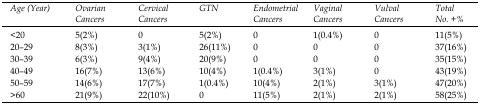
<table><thead><tr><td><b>Age (Year)</b></td><td><b>Ovarian Cancers</b></td><td><b>Cervical Cancers</b></td><td><b>GTN</b></td><td><b>Endometrial Cancers</b></td><td><b>Vaginal Cancers</b></td><td><b>Vulval Cancers</b></td><td><b>Total No. + %</b></td></tr></thead><tbody><tr><td>&lt; 20</td><td>5(2%)</td><td>0</td><td>5(2%)</td><td>0</td><td>1(0.4%)</td><td>0</td><td>11(5%)</td></tr><tr><td>20–29</td><td>8(3%)</td><td>3(1%)</td><td>26(11%)</td><td>0</td><td>0</td><td>0</td><td>37(16%)</td></tr><tr><td>30–39</td><td>6(3%)</td><td>9(4%)</td><td>20(9%)</td><td>0</td><td>0</td><td>0</td><td>35(15%)</td></tr><tr><td>40–49</td><td>16(7%)</td><td>13(6%)</td><td>10(4%)</td><td>1(0.4%)</td><td>3(1%)</td><td>0</td><td>43(19%)</td></tr><tr><td>50–59</td><td>14(6%)</td><td>17(7%)</td><td>1(0.4%)</td><td>10(4%)</td><td>2(1%)</td><td>3(1%)</td><td>47(20%)</td></tr><tr><td>&gt; 60</td><td>21(9%)</td><td>22(10%)</td><td>0</td><td>11(5%)</td><td>2(1%)</td><td>2(1%)</td><td>58(25%)</td></tr></tbody></table>